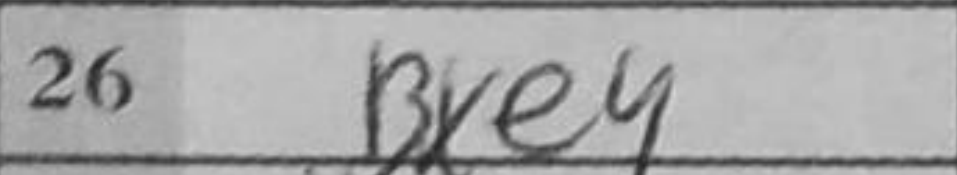
Transcription: Bxe4